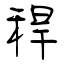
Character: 稈